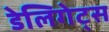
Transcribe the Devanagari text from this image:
डेलिगेट्स